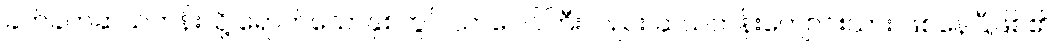
ခက်ခက်ဆယ်တန်းသို့ ရောက်သောနှစ်တွင် သာဂေါင်ကြီးလည်း ဆယ်တန်းကျောင်းသား ဖြစ်နေပြီဖြစ်၏။